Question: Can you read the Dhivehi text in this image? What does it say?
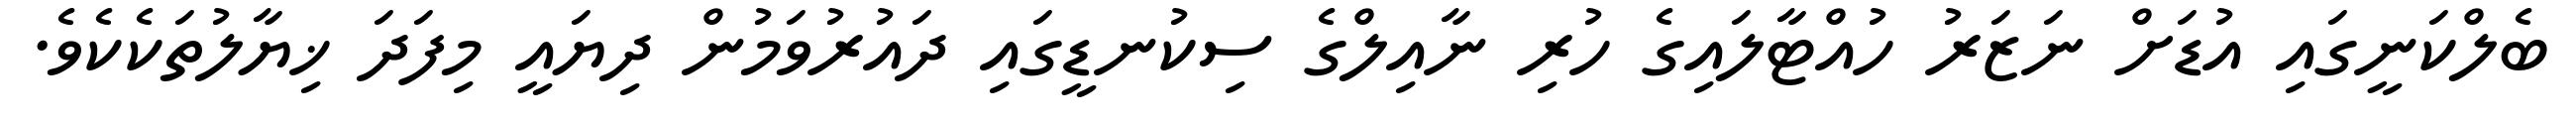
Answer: ބެލްކަނީގައި އުޑަށް ނަޒަރު ހުއްޓާލައިގެ ހުރި ނާއިލްގެ ސިކުނޑީގައި ދައުރުވަމުން ދިޔައީ މިފަދަ ޚިޔާލުތަކެކެވެ.